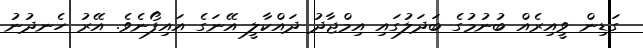
ގަޑިން ވީއިރެއް ބުނުމުގެ ބަދަލުގައި އިމްޖާދު ދައްކާލީ އޭނަގެ އައިފޯނެވެ. އޭރު ހެނދުނު